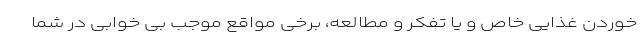
خوردن غذایی خاص و یا تفکر و مطالعه، برخی مواقع موجب بی خوابی در شما